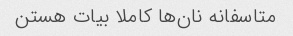
متاسفانه نان‌ها کاملا بیات هستن